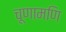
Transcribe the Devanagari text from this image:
चूणामणि